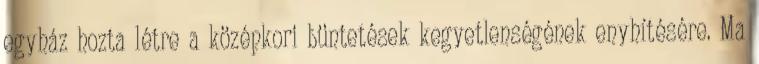
egyház hozta létre a középkori büntetések kegyetlenségének enyhítésére. Ma